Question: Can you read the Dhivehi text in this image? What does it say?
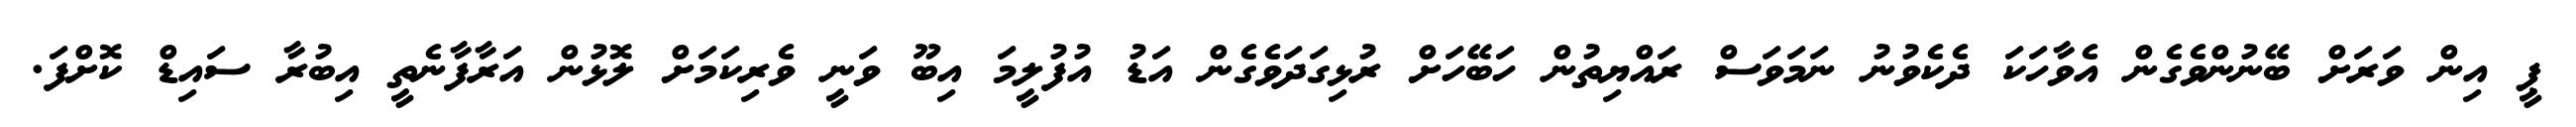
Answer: ޕީ އިން ވަރަށް ބޭނުންވެގެން އެވާހަކަ ދެކެވުނު ނަމަވަސް ރައްޔިތުން ހަބޭހަށް ރުޅިގަދަވެގެން އަޑު އުފުލީމަ އިބޫ ވަނީ ވެރިކަމަށް ލޮޅުން އަރާފާނެތީ އިބުރާ ސައިޑް ކޮށްފަ.